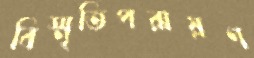
বিস্মৃতিপরায়ণ